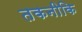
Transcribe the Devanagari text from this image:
तकनीकि